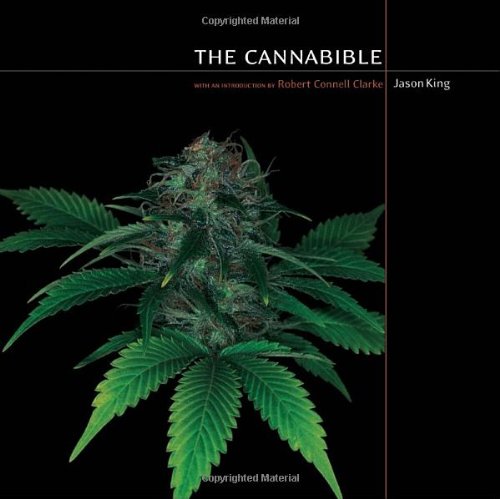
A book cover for The Cannabible; Jason King; Science & Math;